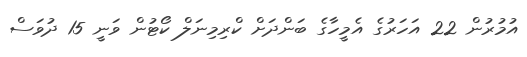
އުމުރުން 22 އަހަރުގެ އެމީހާގެ ބަންދަށް ކްރިމިނަލް ކޯޓުން ވަނީ 15 ދުވަސް